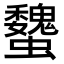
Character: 𧕞